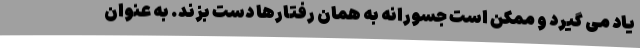
یاد می گیرد و ممکن است جسورانه به همان رفتارها دست بزند. به عنوان